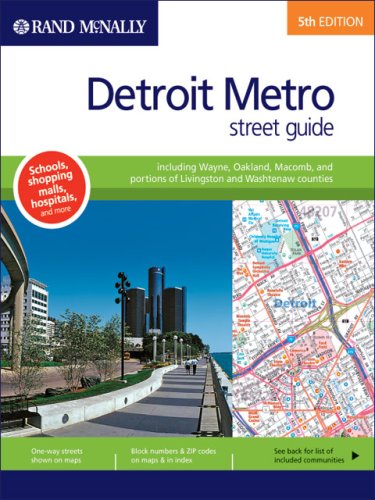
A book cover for Rand McNally Detroit Metro Street Guide: Including Wayne, Oakland, Macomb, and Portions of Livingston and Washtenaw Counties with CDROM (Rand Mcnally Detroit Metro, Michigan Street Guide); Rand McNally and Company; Travel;